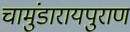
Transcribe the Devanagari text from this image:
चामुंडारायपुराण